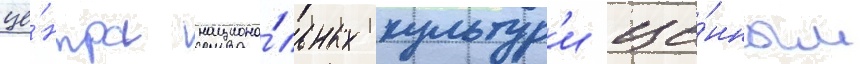
це́нтра национа́льных культур'и це́нным